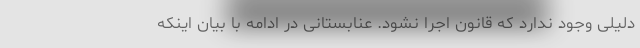
دلیلی وجود ندارد که قانون اجرا نشود. عنابستانی در ادامه با بیان اینکه